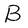
Character: B